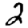
Digit: 2